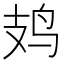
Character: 𫛛